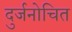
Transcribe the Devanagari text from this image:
दुर्जनोचित